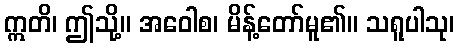
ဣတိ၊ ဤသို့။ အဝေါစ၊ မိန့်တော်မူ၏။ သရူပါသု၊